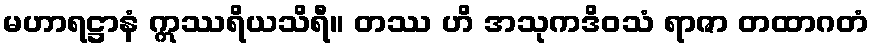
မဟာရဋ္ဌာနံ ဣဿရိယသိရီ။ တဿ ဟိ အသုကဒိဝသံ ရာဇာ တထာဂတံ